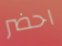
احضر